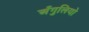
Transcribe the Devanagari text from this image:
अँगुलियो